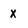
Character: x